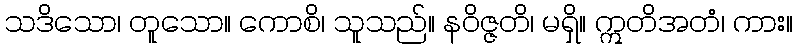
သဒိသော၊ တူသော။ ကောစိ၊ သူသည်။ နဝိဇ္ဇတိ၊ မရှိ။ ဣတိအတံ၊ ကား။